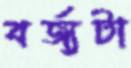
বর্জ্যটা